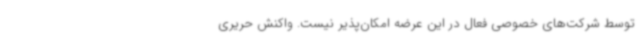
توسط شرکت‌های خصوصی فعال در این عرضه امکان‌پذیر نیست. واکنش حریری